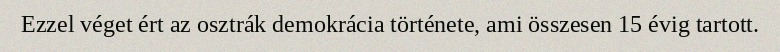
Ezzel véget ért az osztrák demokrácia története, ami összesen 15 évig tartott.